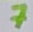
Text: 7